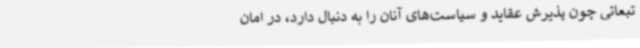
تبعاتی چون پذیرش عقاید و سیاست‌های آنان را به دنبال دارد، در امان